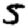
Digit: 5